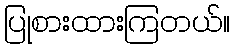
ပြုစားထားကြတယ်။